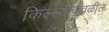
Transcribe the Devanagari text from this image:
किल्ल्याजवळील